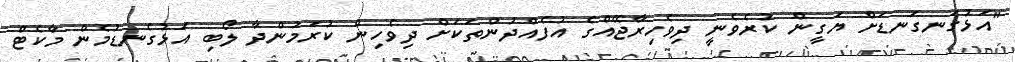
"އަޅުގަނގަނޑަށް ޔަގީން ކުރެވެނީ ދިވެހިރާޖޭއްގެ އުފެއްދުންތަކަށް ދިވެހިން ކުރަމުންދާ ލޯބި އަޅުގެނޑުމެން މާކެޓް